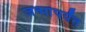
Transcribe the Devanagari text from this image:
जन्मांपर्यंत